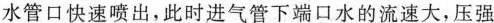
水管口快速喷出，此时进气管下端口水的流速大，压强